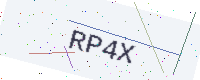
Text: RP4X